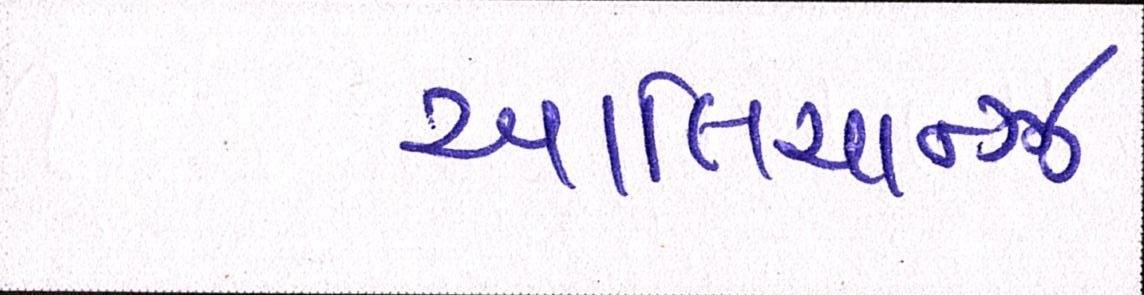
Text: આલિયાન્ઝ